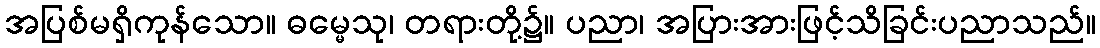
အပြစ်မရှိကုန်သော။ ဓမ္မေသု၊ တရားတို့၌။ ပညာ၊ အပြားအားဖြင့်သိခြင်းပညာသည်။